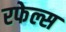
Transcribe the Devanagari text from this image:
रफेल्स